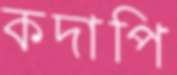
কদাপি